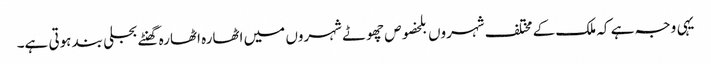
یہی وجہ ہے کہ ملک کے مختلف شہروں بلخصوص چھوٹے شہروں میں اٹھارہ اٹھارہ گھنٹے بجلی بند ہوتی ہے۔